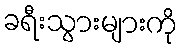
ခရီးသွားများကို